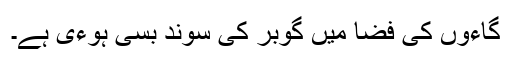
گاءوں کی فضا میں گوبر کی سوند بسی ہوءی ہے۔